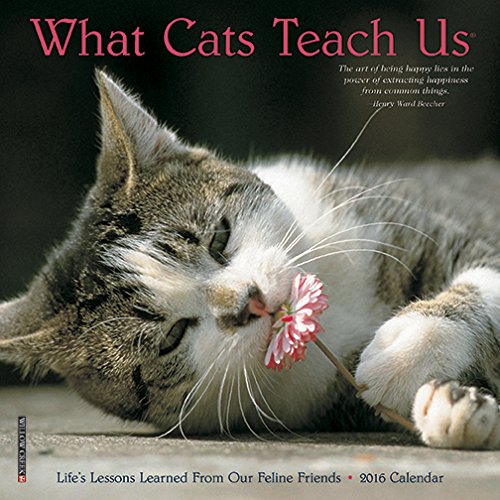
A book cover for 2016 What Cats Teach Us Mini Wall Calendar; Willow Creek Press; Calendars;